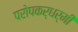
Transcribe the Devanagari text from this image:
परोपकर्धर्मी